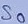
Text: S0